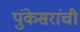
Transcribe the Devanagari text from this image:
पुंकेसरांची